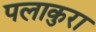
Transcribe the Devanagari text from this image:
पलाकुरा